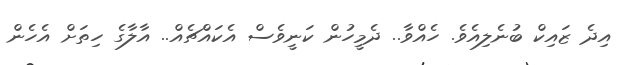
އިދެ ޒައިކް ބުނެލިއެވެ. ހެއްވާ.. ދެމީހުން ކަނީވެސް އެކައްޗެއް.. އާލާގެ ހިތަށް އެހެން